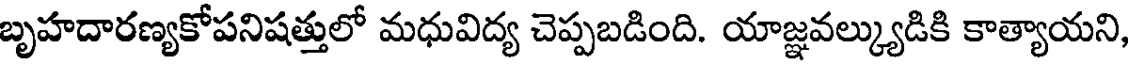
బృహదారణ్యకోపనిషత్తులో మధువిద్య చెప్పబడింది. యాజ్ఞవల్క్యుడికి కాత్యాయని,